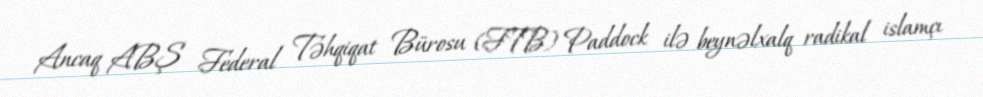
Ancaq ABŞ Federal Təhqiqat Bürosu (FTB) Paddock ilə beynəlxalq radikal islamçı